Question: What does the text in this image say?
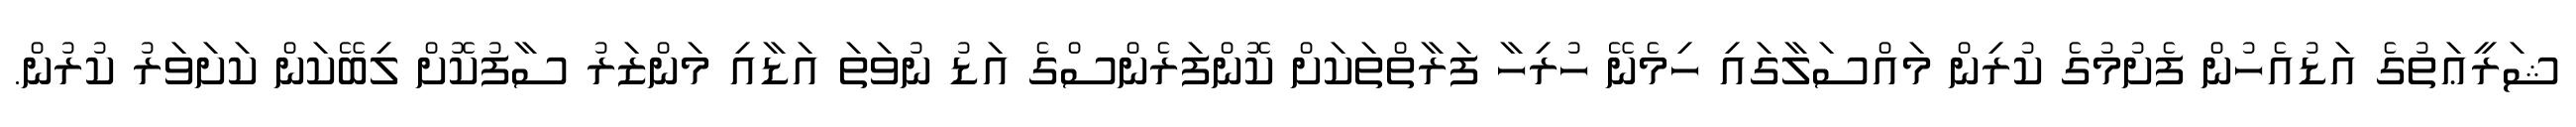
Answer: ޝަރީޢަތުގެ އަޑުއެހުން ފެށުމުގެ ކުރިން މައްސަލާގައި ހިމެނޭ ހުރިހާ ފަރާތްތަކަށް ކޮންފަރެންސްގެ އަޑު ނުވަތަ އަޑާއި މަންޒަރު ސާފުކޮށް ލިބޭކަން ކަށަވަރު ކުރުން.